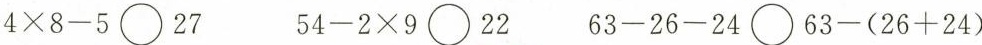
$$4 \times 8 - 5 \bigcirc 27$$ $$5 4 - 2 \times 9 \bigcirc 22$$ $$6 3 - 2 6 - 2 4 \bigcirc 6 3 -( 2 6 + 2 4 )$$